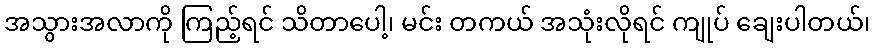
အသွားအလာကို ကြည့်ရင် သိတာပေါ့၊ မင်း တကယ် အသုံးလိုရင် ကျုပ် ချေးပါတယ်၊